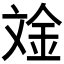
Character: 𪯧